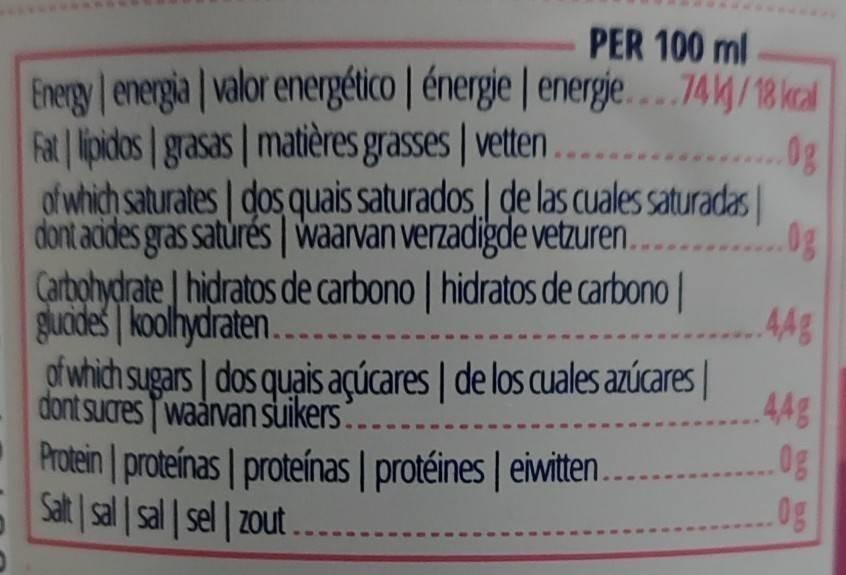
PER 100 ml
Energy energia valor energético | énergie | energie.744/18 kal Fat lipidos grasas matières grasses | vetten ofwhich saturates dos quais saturados. de las cuales saturadas dont acides gras saturés waarvan verzadigde vetzuren. Carbohydrate hidratos de carbono | hidratos de carbono | guides | koolhydraten. dfwhich sugars dos quais aqúcares | de los cuales azúcares | dont suares waarvan suikers. Protein proteinas | proteínas | protéines | eiwitten.... Salt sal sal | sel | zout ....
0g
44g
44g
0g
150
BO Do